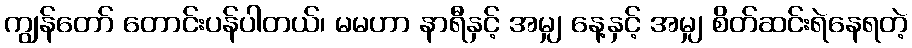
ကျွန်တော် တောင်းပန်ပါတယ်၊ မမဟာ နာရီနှင့် အမျှ နေ့နှင့် အမျှ စိတ်ဆင်းရဲနေရတဲ့